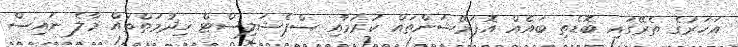
އަހަރުގެ ތެރޭގައި ބޮޑެތި ބައެއް އޮޕަރޭޝަންތައް ކުރުމާއި ސްޕެޝަލިސްޓް ޚިދުމަތްތައް މާލެ ނައިސް